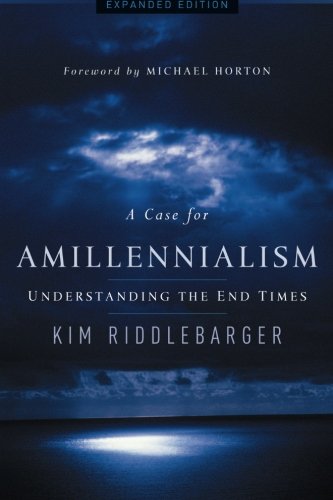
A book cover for A Case for Amillennialism: Understanding the End Times; Kim Riddlebarger; Christian Books & Bibles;